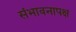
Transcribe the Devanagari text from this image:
संभावनापक्ष